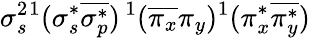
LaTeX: \sigma_{s}^{2}{}^{1}(\sigma_{s}^{*}\overline{{\sigma_{p}^{*}}})\, ^{1}(\overline{{\pi_{x}}}\pi_{y})^{1}(\pi_{x}^{*}\overline{{\pi_{y}^{*}}})